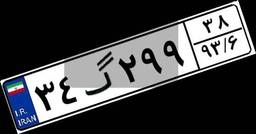
۳۴گ۲۹۹۳۸